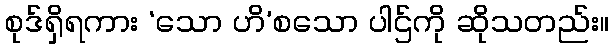
စုဒ်ရှိရကား ‘သော ဟိ’စသော ပါဌ်ကို ဆိုသတည်း။